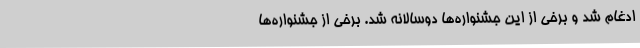
ادغام شد و برخی از این جشنواره‌ها دوسالانه شد. برخی از جشنواره‌ها